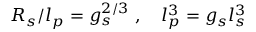
R _ { s } / l _ { p } = g _ { s } ^ { 2 / 3 } \ , \quad l _ { p } ^ { 3 } = g _ { s } l _ { s } ^ { 3 }